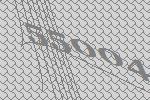
55004